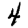
Digit: 4